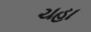
ચહા